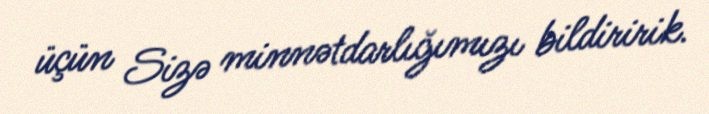
üçün Sizə minnətdarlığımızı bildiririk.